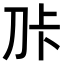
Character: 𭃑